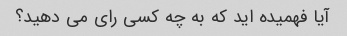
آیا فهمیده اید که به چه کسی رای می دهید؟